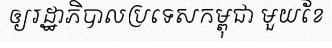
ឲ្យរដ្ឋាភិបាលប្រទេសកម្ពុជា មួយខែ